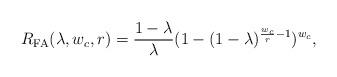
LaTeX: \begin{align*}R_{\rm FA}(\lambda,w_{c},r) = \frac{1-\lambda}{\lambda}(1-(1-\lambda)^{\frac{w_{c}}{r}-1})^{w_{c}},\end{align*}